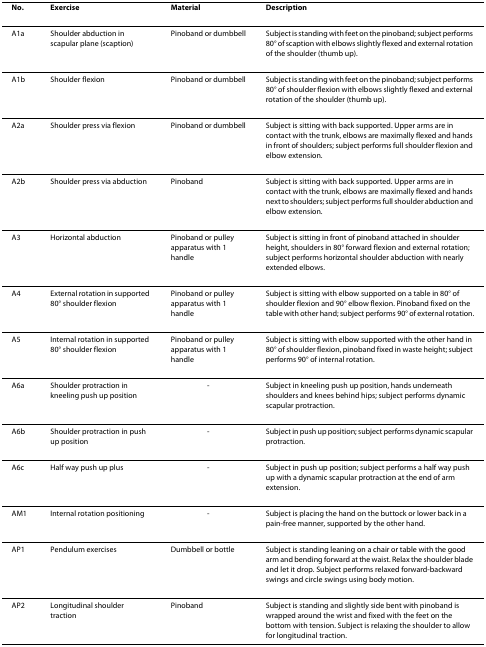
| No. | Exercise | Material | Description |
 | --- | --- | --- | --- |
 | A1a | Shoulder abduction in scapular plane (scaption) | Pinoband or dumbbell | Subject is standing with feet on the pinoband; subject performs 80° of scaption with elbows slightly flexed and external rotation of the shoulder (thumb up). |
 | A1b | Shoulder flexion | Pinoband or dumbbell | Subject is standing with feet on the pinoband; subject performs 80° of shoulder flexion with elbows slightly flexed and external rotation of the shoulder (thumb up). |
 | A2a | Shoulder press via flexion | Pinoband or dumbbell | Subject is sitting with back supported. Upper arms are in contact with the trunk, elbows are maximally flexed and hands in front of shoulders; subject performs full shoulder flexion and elbow extension. |
 | A2b | Shoulder press via abduction | Pinoband | Subject is sitting with back supported. Upper arms are in contact with the trunk, elbows are maximally flexed and hands next to shoulders; subject performs full shoulder abduction and elbow extension. |
 | A3 | Horizontal abduction | Pinoband or pulley apparatus with 1 handle | Subject is sitting in front of pinoband attached in shoulder height, shoulders in 80° forward flexion and external rotation; subject performs horizontal shoulder abduction with nearly extended elbows. |
 | A4 | External rotation in supported 80° shoulder flexion | Pinoband or pulley apparatus with 1 handle | Subject is sitting with elbow supported on a table in 80° of shoulder flexion and 90° elbow flexion. Pinoband fixed on the table with other hand; subject performs 90° of external rotation. |
 | A5 | Internal rotation in supported 80° shoulder flexion | Pinoband or pulley apparatus with 1 handle | Subject is sitting with elbow supported with the other hand in 80° of shoulder flexion, pinoband fixed in waste height; subject performs 90° of internal rotation. |
 | A6a | Shoulder protraction in kneeling push up position | - | Subject in kneeling push up position, hands underneath shoulders and knees behind hips; subject performs dynamic scapular protraction. |
 | A6b | Shoulder protraction in push up position | - | Subject in push up position; subject performs dynamic scapular protraction. |
 | A6c | Half way push up plus | - | Subject in push up position; subject performs a half way push up with a dynamic scapular protraction at the end of arm extension. |
 | AM1 | Internal rotation positioning | - | Subject is placing the hand on the buttock or lower back in a pain-free manner, supported by the other hand. |
 | AP1 | Pendulum exercises | Dumbbell or bottle | Subject is standing leaning on a chair or table with the good arm and bending forward at the waist. Relax the shoulder blade and let it drop. Subject performs relaxed forward-backward swings and circle swings using body motion. |
 | AP2 | Longitudinal shoulder traction | Pinoband | Subject is standing and slightly side bent with pinoband is wrapped around the wrist and fixed with the feet on the bottom with tension. Subject is relaxing the shoulder to allow for longitudinal traction. |